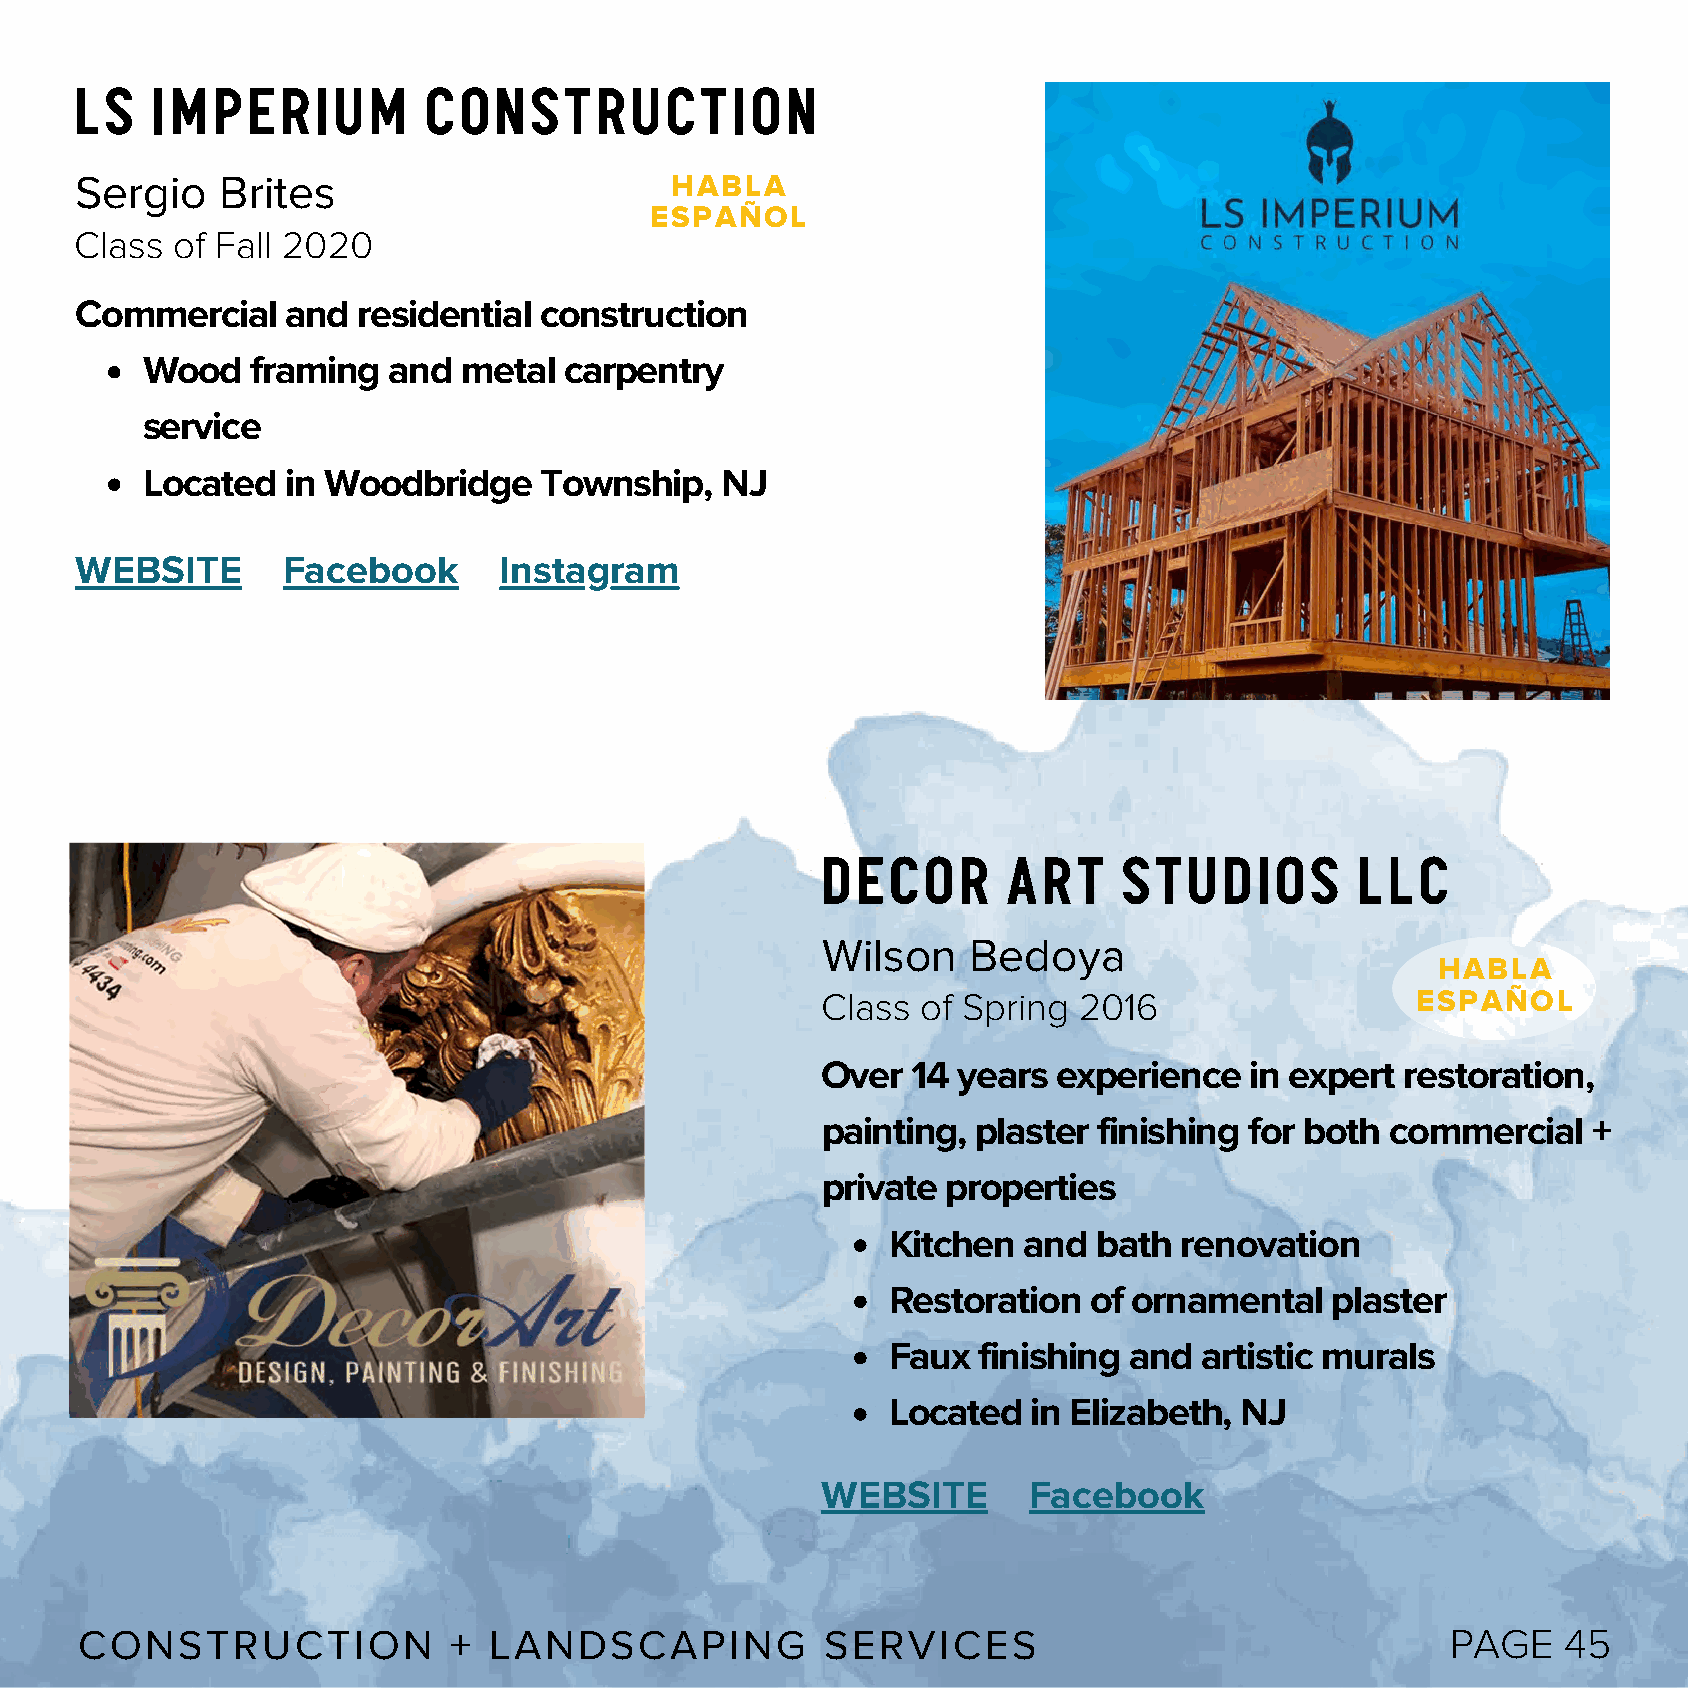
LS   Imperium          construction
 Sergio    Brites                       HABLA
 ESPAÑOL
 Class of Fall 2020
 Commercial    and  residential construction
 Wood    framing  and  metal carpentry
 service
 Located   in Woodbridge    Township,   NJ
 WEBSITE       Facebook      Instagram
 Decor        Art    studios         llc
 Wilson    Bedoya
 HABLA
 Class  of Spring 2016                   ESPAÑOL
 Over  14 years  experience   in expert restoration,
 painting,  plaster finishing for both commercial   +
 private  properties
 Kitchen  and  bath renovation
 Restoration  of ornamental   plaster
 Faux  finishing and  artistic murals
 Located  in Elizabeth, NJ
 WEBSITE       Facebook
 CONSTRUCTION             + LANDSCAPING            SERVICES                                 PAGE    45